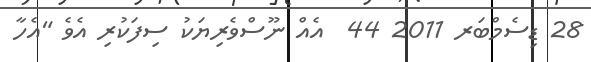
28 ޑިސެމްބަރ 2011 44  އެއް ނޫސްވެރިޔަކު ސިފަކުރި އެވެ "އެހާ